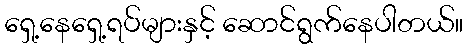
ရှေ့နေရှေ့ရပ်များနှင့် ဆောင်ရွက်နေပါတယ်။